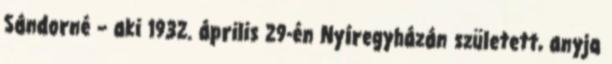
Sándorné – aki 1932. április 29-én Nyíregyházán született, anyja